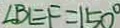
\angle B E F = 1 5 0 ^ { \circ }